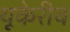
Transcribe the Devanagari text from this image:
यूकेरीव